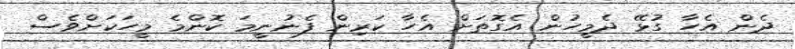
ދެން އެހާ ގުޅޭ ދެމީހުން އެގޮތަށް އެހާ ކަރިން ފެނުނީމަ ކޮންމެ މީހަކަށްވެސް